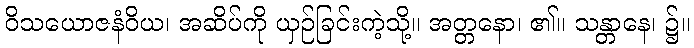
ဝိသယောဇနံဝိယ၊ အဆိပ်ကို ယှဉ်ခြင်းကဲ့သို့။ အတ္တနော၊ ၏။ သန္တာနေ၊ ၌။